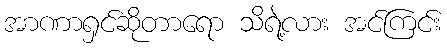
အာဏာရှင်ဆိုတာရော သိရဲ့လား အင်ကြင်း